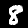
Label: 8